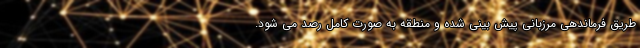
طریق فرماندهی مرزبانی پیش بینی شده و منطقه به صورت کامل رصد می شود.